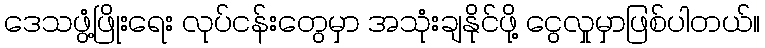
ဒေသဖွံ့ဖြိုးရေး လုပ်ငန်းတွေမှာ အသုံးချနိုင်ဖို့ ငွေလှုမှာဖြစ်ပါတယ်။